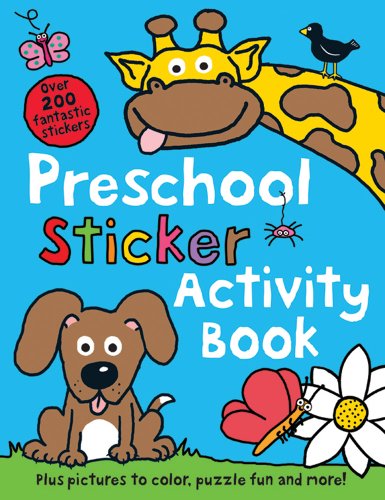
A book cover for Preschool Color & Activity Book; Roger Priddy; Children's Books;